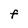
Character: F